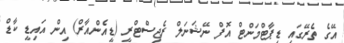
އޭގެ ތެރޭގައި ޑިޕާޓްމަންޓް އޮފް ނޭޝަނަލް ރެޖިސްޓްރީ (ޑީއެންއާރް) އިން އައިޑީ ކާޑް